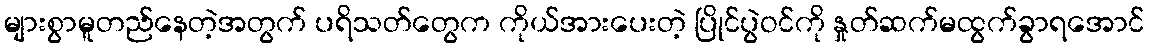
များစွာမူတည်နေတဲ့အတွက် ပရိသတ်တွေက ကိုယ်အားပေးတဲ့ ပြိုင်ပွဲဝင်ကို နှုတ်ဆက်မထွက်ခွာရအောင်